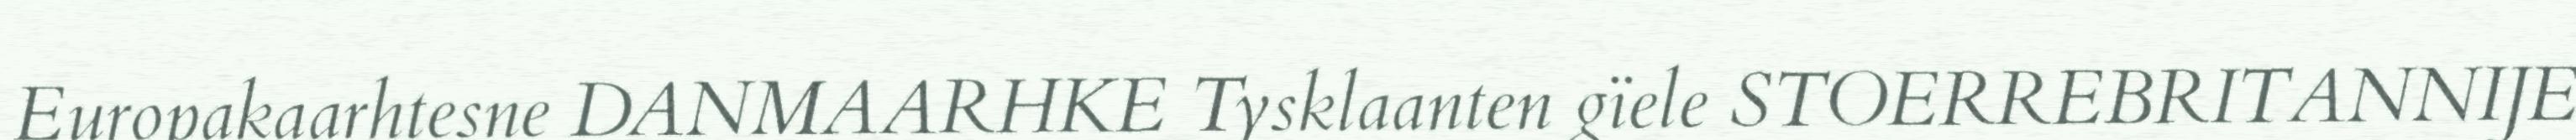
Europakaarhtesne DANMAARHKE Tysklaanten gïele STOERREBRITANNIJE